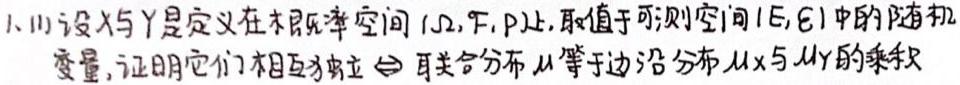
1. (1)设$X$与$Y$是定义在概率空间$(\Omega,\mathcal{F},P)$上，取值于可测空间$(E,\mathcal{E})$中的随机变量，证明它们相互独立$\Leftrightarrow$联合分布$\mu$等于边沿分布$\mu_X$与$\mu_Y$的乘积。